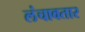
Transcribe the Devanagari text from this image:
लंचावतार